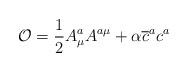
LaTeX: \begin{align*}\mathcal{O}=\frac{1}{2}A_{\mu }^{a}A^{a\mu }+\alpha \overline{c}^{a}c^{a}\end{align*}